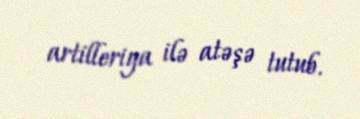
artilleriya ilə atəşə tutub.